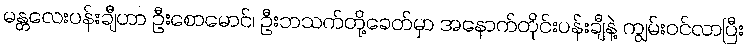
မန္တလေးပန်းချီဟာ ဦးစောမောင်၊ ဦးဘသက်တို့ခေတ်မှာ အနောက်တိုင်းပန်းချီနဲ့ ကျွမ်းဝင်လာပြီး